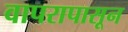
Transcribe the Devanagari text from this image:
वापरापासून